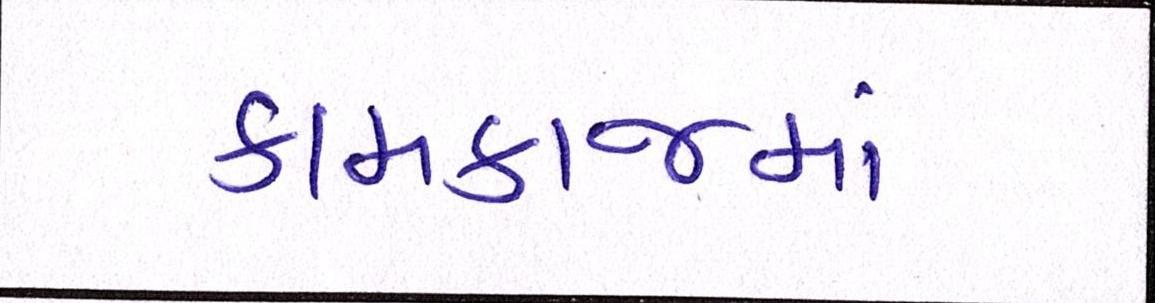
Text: કામકાજમાં